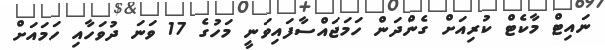
ނައިޓް މާކެޓް ކުރިއަށް ގެންދަން ހަމަޖައްސާފައިވަނީ މަހުގެ 17 ވަނަ ދުވަހާއި ހަމައަށް